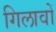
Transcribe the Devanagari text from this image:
गिलावों